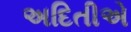
અદિતીએ